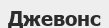
Джевонс